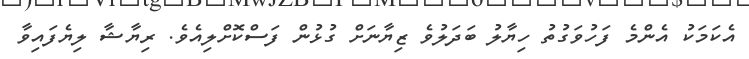
އެކަމަކު އެންމެ ފަހުވަގުތު ހިޔާލު ބަދަލުވެ ޒިޔާނަށް ގުޅުން ފަސްކޮށްލިއެވެ. ރިޔާޝާ ލިޔެފައިވާ